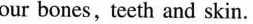
our bones,teeth and skin.